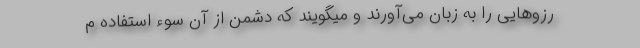
رزوهایى را به زبان می‌آورند و میگویند که دشمن از آن سوء استفاده م